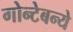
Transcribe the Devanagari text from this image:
गोन्टेबन्ये